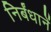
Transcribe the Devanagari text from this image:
निर्बंधानें